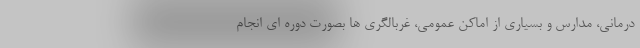
درمانی، مدارس و بسیاری از اماکن عمومی، غربالگری ها بصورت دوره ای انجام